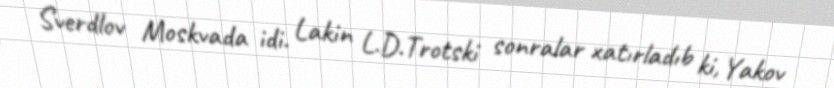
Sverdlov Moskvada idi. Lakin L.D.Trotski sonralar xatırladıb ki, Yakov